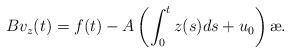
LaTeX: \begin{align*} B v_z(t)=f(t)- A \left(\int_{0}^{t}z(s)ds + u_0\right) \ae.\end{align*}